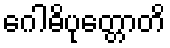
ဂေါဓိပုတ္တောတိ